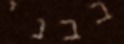
בבני